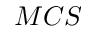
M C S